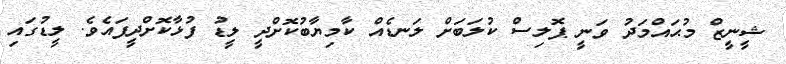
ޝީނީޒް މުޙައްމަދު ވަނީ ޕޮލިސް ކުލަބަށް ލަނޑެއް ކާމިޔާބުކޮށްދީ ލީޑު ފުޅާކޮށްދީފައެވެ. ލީޑުގައި